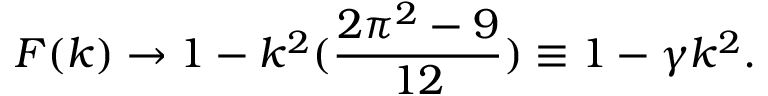
F ( k ) \rightarrow 1 - k ^ { 2 } ( \frac { 2 \pi ^ { 2 } - 9 } { 1 2 } ) \equiv 1 - \gamma k ^ { 2 } .